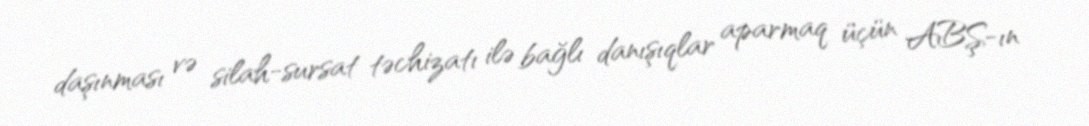
daşınması və silah-sursat təchizatı ilə bağlı danışıqlar aparmaq üçün ABŞ-ın